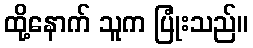
ထို့နောက် သူက ပြုံးသည်။